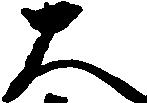
大